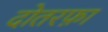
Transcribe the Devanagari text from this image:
दोतरफ़ा